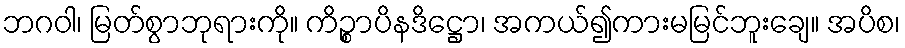
ဘဂဝါ၊ မြတ်စွာဘုရားကို။ ကိဉ္စာပိနဒိဋ္ဌော၊ အကယ်၍ကားမမြင်ဘူးချေ။ အပိစ၊